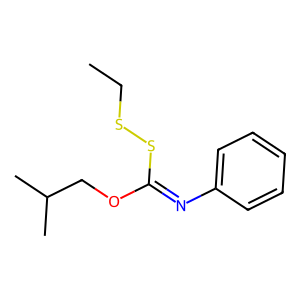
SMILES: CCSSC(=Nc1ccccc1)OCC(C)C
Inhibits HIV replication: No